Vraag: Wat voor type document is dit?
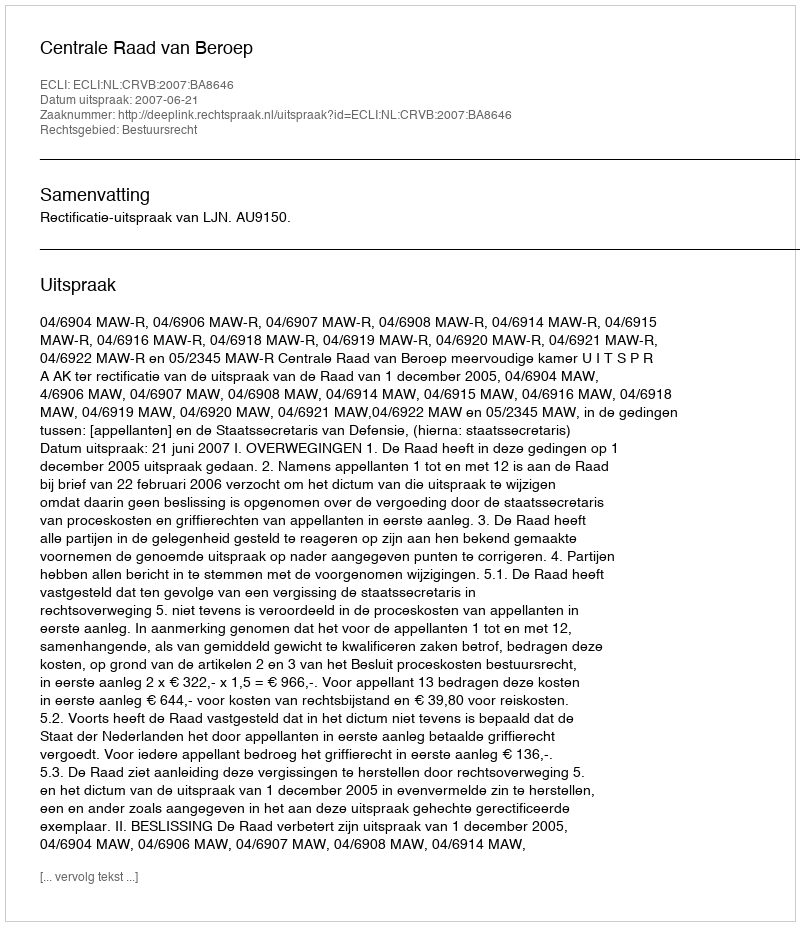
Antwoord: Uitspraak